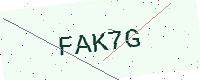
Text: FAK7G